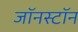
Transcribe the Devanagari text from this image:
जॉनस्टॉन